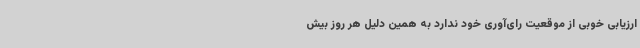
ارزیابی خوبی از موقعیت رای‌آوری خود ندارد به همین دلیل هر روز بیش